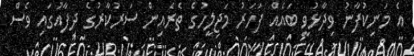
އެ މަނިކުފާނު ވިދާޅުވީ ބައެއް ފަހަރު މަޖިލީހުގެ ތެރެއިން ސަރުކާރުގެ ދިފާއުގައި ވެސް